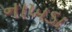
નાખડા